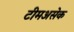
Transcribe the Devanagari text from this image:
टीमअसेक